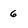
Character: 6